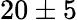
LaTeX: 20\pm 5